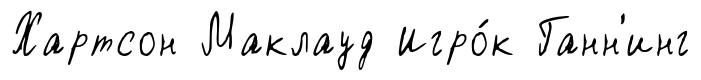
Хартсон Маклауд Игро́к Ганн'инг